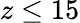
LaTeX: z\leq 15